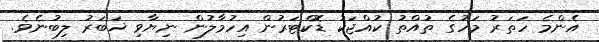
އެންމެ ހަތަރު މަހުގެ ތުއްތު ކުއްޖަކު ޑޮކްޓަރުން އިހުމާލުން ނިޔާވި ޚަބަރު ލިބުނެވެ.